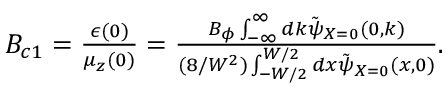
\begin{array} { r } { B _ { c 1 } = \frac { \epsilon ( 0 ) } { \mu _ { z } ( 0 ) } = \frac { B _ { \phi } \int _ { - \infty } ^ { \infty } d k \tilde { \psi } _ { X = 0 } ( 0 , k ) } { ( 8 / W ^ { 2 } ) \int _ { - W / 2 } ^ { W / 2 } d x \tilde { \psi } _ { X = 0 } ( x , 0 ) } . } \end{array}